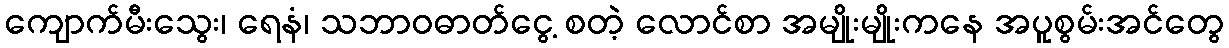
ကျောက်မီးသွေး၊ ရေနံ၊ သဘာဝဓာတ်ငွေ့ စတဲ့ လောင်စာ အမျိုးမျိုးကနေ အပူစွမ်းအင်တွေ